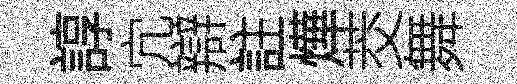
諄宂辯註燁茭舞